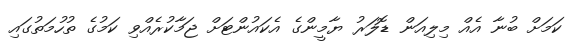
ކަމަށް ބުނާ އެއް މިލިއަން ޑޮލަރު ޔާމީންގެ އެކައުންޓަށް ޖަމާކުރެއްވި ކަމުގެ ތުހުމަތުގައި